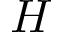
H